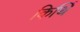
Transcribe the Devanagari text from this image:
किर्थि